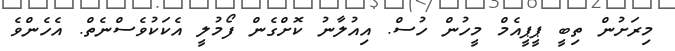
މިރަށުން ތިބީ ޕީޕީއެމް މީހުން ހުސް. އިއުލާނު ކޮށްގެން ފޯމުލީ އެކަކުވެސްނެތް. އެހެންވެ